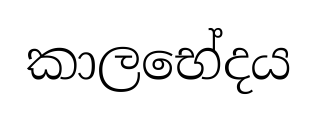
කාලභේදය